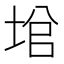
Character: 𡌙